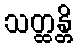
သတ္ထန္တိ